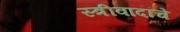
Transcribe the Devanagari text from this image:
स्त्रीवादांचे